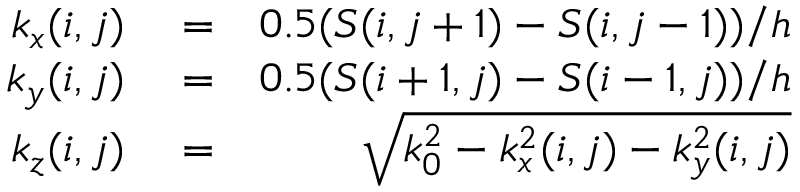
\begin{array} { r l r } { k _ { x } ( i , j ) } & { { } = } & { 0 . 5 ( S ( i , j + 1 ) - S ( i , j - 1 ) ) / h } \\ { k _ { y } ( i , j ) } & { { } = } & { 0 . 5 ( S ( i + 1 , j ) - S ( i - 1 , j ) ) / h } \\ { k _ { z } ( i , j ) } & { { } = } & { \sqrt { k _ { 0 } ^ { 2 } - k _ { x } ^ { 2 } ( i , j ) - k _ { y } ^ { 2 } ( i , j ) } } \end{array}